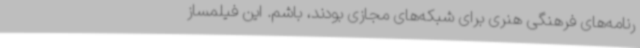
رنامه‌های فرهنگی هنری برای شبکه‌های مجازی بودند، باشم. این فیلمساز